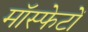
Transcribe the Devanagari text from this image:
मॉस्फेटों